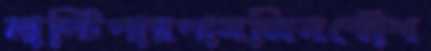
মাল্টিপারপাসজিনকৌশ